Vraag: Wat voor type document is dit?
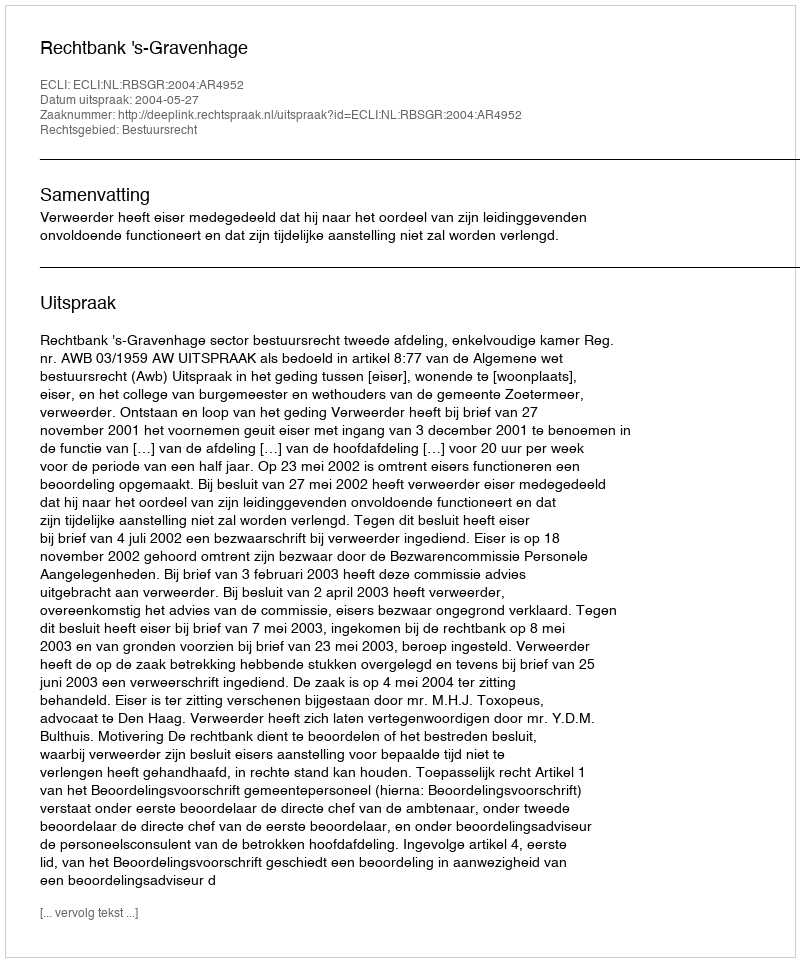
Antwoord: Uitspraak